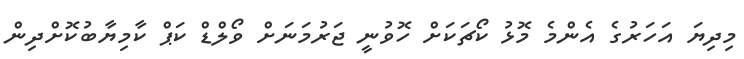
މިދިޔަ އަހަރުގެ އެންމެ މޮޅު ކޯޗަކަށް ހޮވުނީ ޖަރުމަނަށް ވޯލްޑް ކަޕް ކާމިޔާބުކޮށްދިން